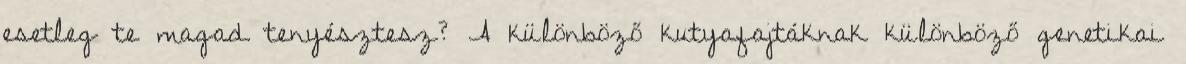
esetleg te magad tenyésztesz? A különböző kutyafajtáknak különböző genetikai